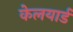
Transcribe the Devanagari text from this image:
केलयार्ड